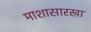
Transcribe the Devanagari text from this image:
माशासारखा